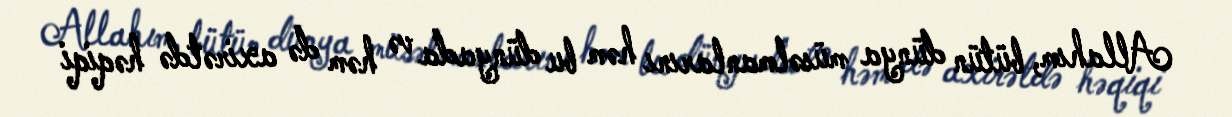
Allahım, bütün dünya müsəlmanlarını həm bu dünyada və həm də axirətdə həqiqi